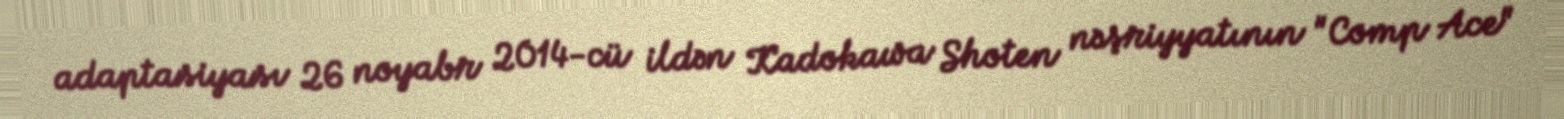
adaptasiyası 26 noyabr 2014-cü ildən Kadokawa Shoten nəşriyyatının "Comp Ace"